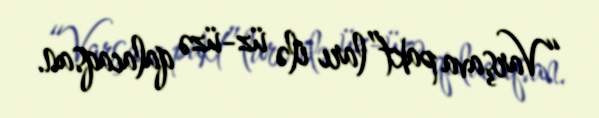
“Varşava pakt”ları ilə üz-üzə qalacaqsan.